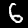
Label: 6